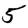
Digit: 5